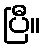
ပြီ။